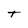
Character: t